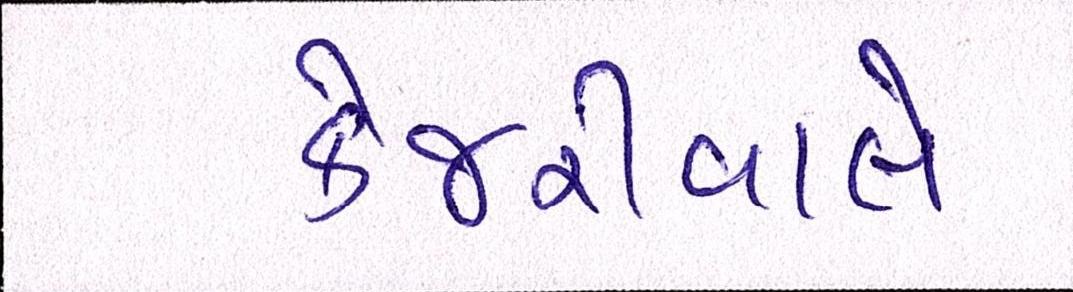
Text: કેજરીવાલે